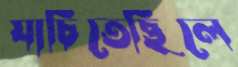
যাচিতেছিলে